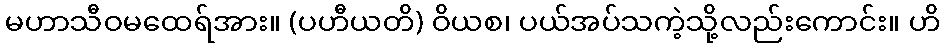
မဟာသီဝမထေရ်အား။ (ပဟီယတိ) ဝိယစ၊ ပယ်အပ်သကဲ့သို့လည်းကောင်း။ ဟိ